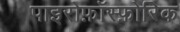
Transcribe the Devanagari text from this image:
पाइरोफ़ॉस्फ़ोरिक